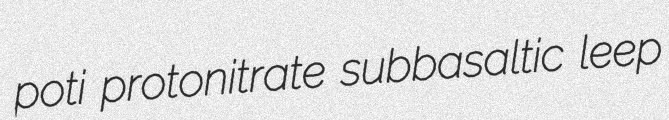
poti protonitrate subbasaltic leep